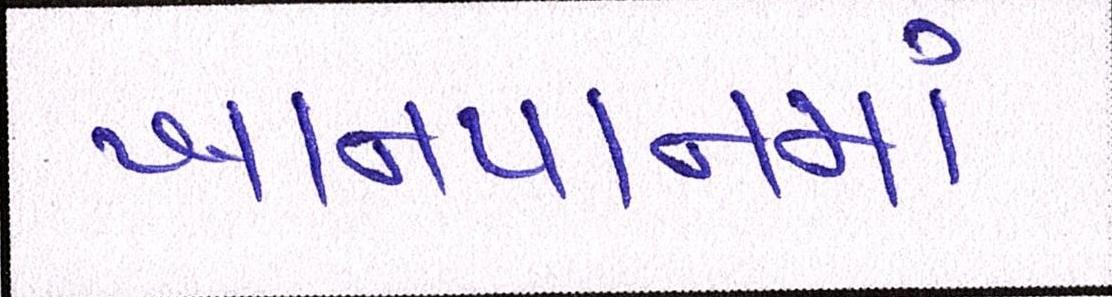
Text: ખાનપાનમાં